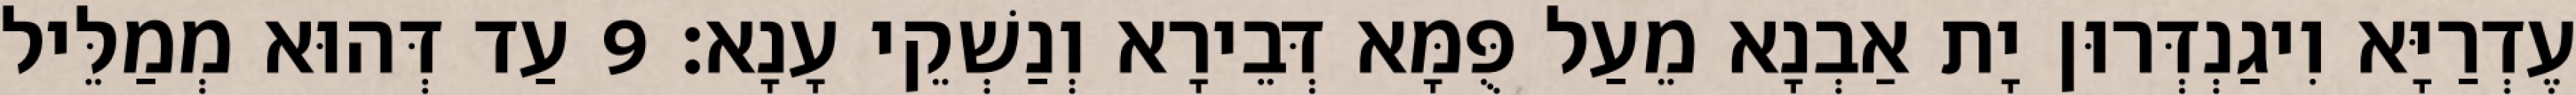
עֶדְרַיָּא וִיגַנְדְּרוּן יָת אַבְנָא מֵעַל פֻּמָּא דְּבֵירָא וְנַשְׁקֵי עָנָא׃ 9 עַד דְּהוּא מְמַלֵּיל